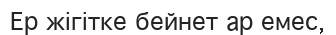
Ер жігітке бейнет ар емес,